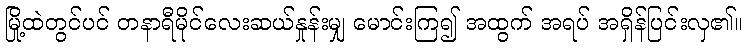
မြို့ထဲတွင်ပင် တနာရီမိုင်လေးဆယ်နှုန်းမျှ မောင်းကြ၍ အထွက် အရပ် အရှိန်ပြင်းလှ၏။